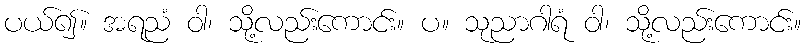
ပယ်၍။ အရညံ ဝါ၊ သို့လည်းကောင်း။ ပ။ သုညာဂါရံ ဝါ၊ သို့လည်းကောင်း။